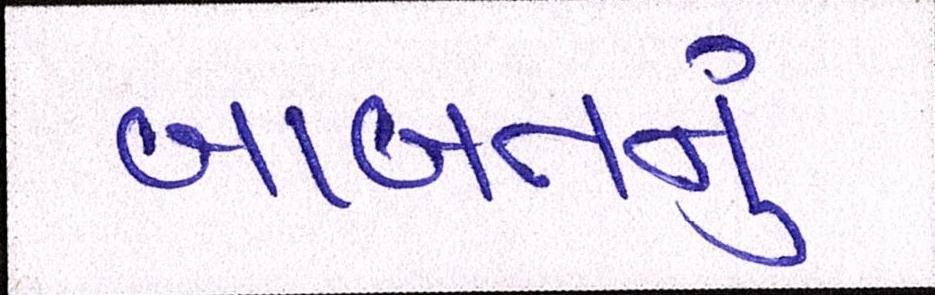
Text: બાબતનું